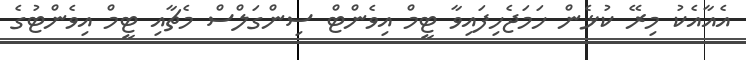
އެއާއެކު މިރޭ ކުޅެން ހަމަޖެހިފައިވާ ޓީމް އިވެންޓް ސިންގަލްސް މެޗާއި ޓީމް އިވެންޓުގެ